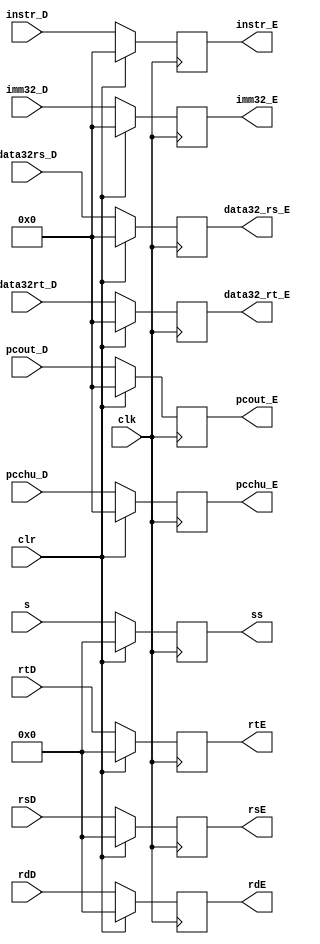
`timescale 1ns / 1ps
//////////////////////////////////////////////////////////////////////////////////
// Company: 
// Engineer: 
// 
// Design Name: 
// Module Name:    jicunqi_E 
// Project Name: 
// Target Devices: 
// Tool versions: 
// Description: 
//
// Dependencies: 
//
// Revision: 
// Revision 0.01 - File Created
// Additional Comments: 
//
//////////////////////////////////////////////////////////////////////////////////
module jicunqi_E(
    input [31:0] instr_D,
    input [31:0] data32rs_D,
    input [31:0] data32rt_D,
	 input [31:0] pcout_D,///(add--pc)
	 input [31:0] pcchu_D,
    input [4:0] rsD,
    input [4:0] rtD,
    input [4:0] rdD,
	 input [4:0] s,
	 input [31:0]imm32_D,
    input  clk,
	 input clr,
	 
    output reg [4:0] rsE,
    output reg [4:0] rtE,
    output reg [4:0] rdE,
    output reg [31:0] data32_rs_E,
    output reg [31:0] data32_rt_E,
    output reg [31:0] instr_E,
	 output reg [31:0] imm32_E,
	 output reg [4:0] ss,
	 output reg [31:0] pcout_E,/////(add--pc)
	 output reg [31:0] pcchu_E
    );
	 initial begin
			rsE=0;
			rtE=0;
			rdE=0;
			data32_rs_E=0;
			data32_rt_E=0;
			instr_E=0;
			imm32_E=0;
			pcout_E=0;
			pcchu_E=0;
			ss = 0;
	 end
	 always @(posedge clk)begin
		if(clr)begin
			rsE<=0;
			rtE<=0;
			rdE<=0;
			data32_rs_E<=0;
			data32_rt_E<=0;
			instr_E<=0;
			imm32_E<=0;
			pcout_E<=0;
			pcchu_E<=0;
			ss <= 0;
		end
		else begin
			rsE<=rsD;
			rtE<=rtD;
			rdE<=rdD;
			data32_rs_E<=data32rs_D;
			data32_rt_E<=data32rt_D;
			instr_E<=instr_D;
			imm32_E<=imm32_D;
			pcout_E<=pcout_D;
			pcchu_E<=pcchu_D;
			ss	<= s;
		end
	 end


endmodule